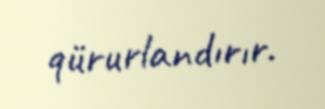
qürurlandırır.